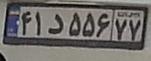
۴۱د۵۵۶۷۷